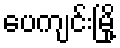
ပေကျင်းမြို့